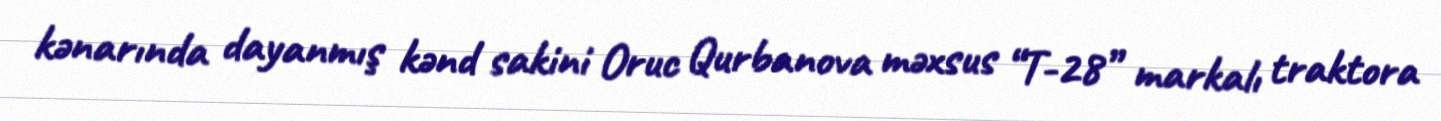
kənarında dayanmış kənd sakini Oruc Qurbanova məxsus “T-28” markalı traktora